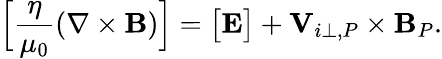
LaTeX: {\Big[}\frac{\eta}{\mu_{0}}(\nabla\times{\mathbf B}){\Big]}={\big[}{\mathbf E}{\big]}+{\mathbf V}_{i\perp,P}\times{\mathbf B}_{P}.